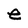
Character: e